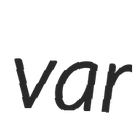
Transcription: var